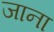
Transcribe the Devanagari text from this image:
जाना